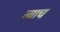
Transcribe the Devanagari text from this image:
त्वाच